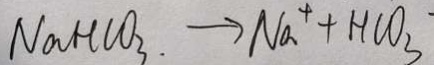
N a H C O _ { 3 } . \rightarrow N a ^ { 4 } + H C O _ { 3 } \cdot